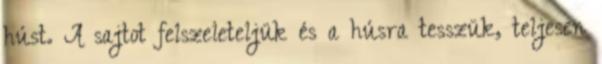
húst. A sajtot felszeleteljük és a húsra tesszük, teljesen